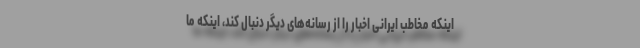
اینکه مخاطب ایرانی اخبار را از رسانه‌های دیگر دنبال کند، اینکه ما